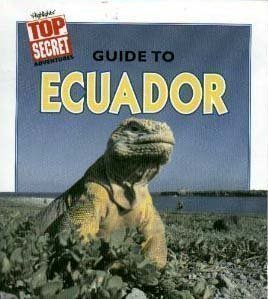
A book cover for Top Secret Guide to Ecuador; Marion Morrison; Travel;